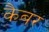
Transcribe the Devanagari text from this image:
कैबर